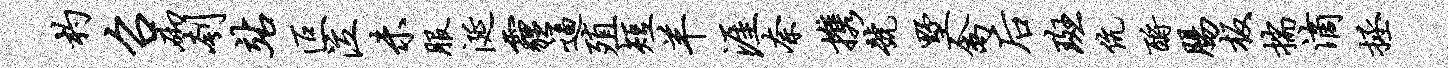
杓召砌刳站叵泣未服涎霾逼殖短羊涯奈携号墅禽後斑伉酹肠板揣滴拯